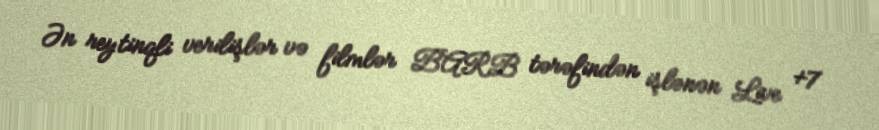
Ən reytinqli verilişlər və filmlər BARB tərəfindən işlənən Live +7